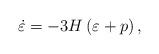
LaTeX: \begin{align*}\dot{\varepsilon}=-3H\left( \varepsilon +p\right) , \end{align*}